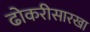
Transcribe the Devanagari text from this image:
ढोकरीसारखा